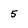
Character: 5